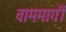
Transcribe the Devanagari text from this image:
वाममार्गी